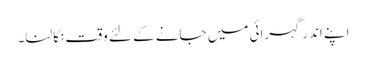
اپنے اندر گہرائی میں جانے کے لئے وقت نکالنا۔